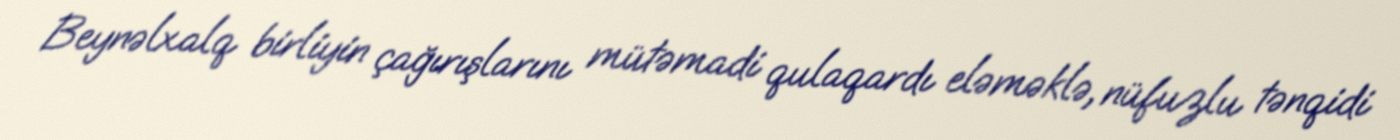
Beynəlxalq birliyin çağırışlarını mütəmadi qulaqardı eləməklə, nüfuzlu tənqidi